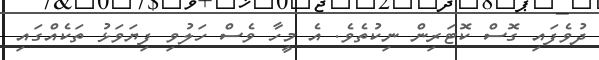
ދުވެފައި ގޮސް ކޮޓަރިން ނިކުތެވެ. އެ މީހާ ވެސް ހަލުވި ފިޔަވަޅު ތަކެއްގައި